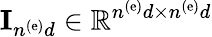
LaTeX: {\mathbf I}_{n^{\left(\mathrm{e}\right)}d}\in\mathbb{R}^{n^{\left(\mathrm{e}\right)}d\times n^{\left(\mathrm{e}\right)}d}